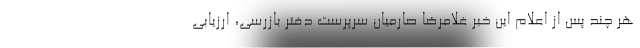
هر چند پس از اعلام این خبر غلامرضا صارمیان سرپرست دفتر بازرسی، ارزیابی